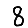
Digit: 8